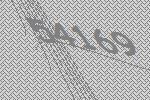
54169